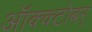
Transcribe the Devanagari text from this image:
ऑक्क्टोबर्